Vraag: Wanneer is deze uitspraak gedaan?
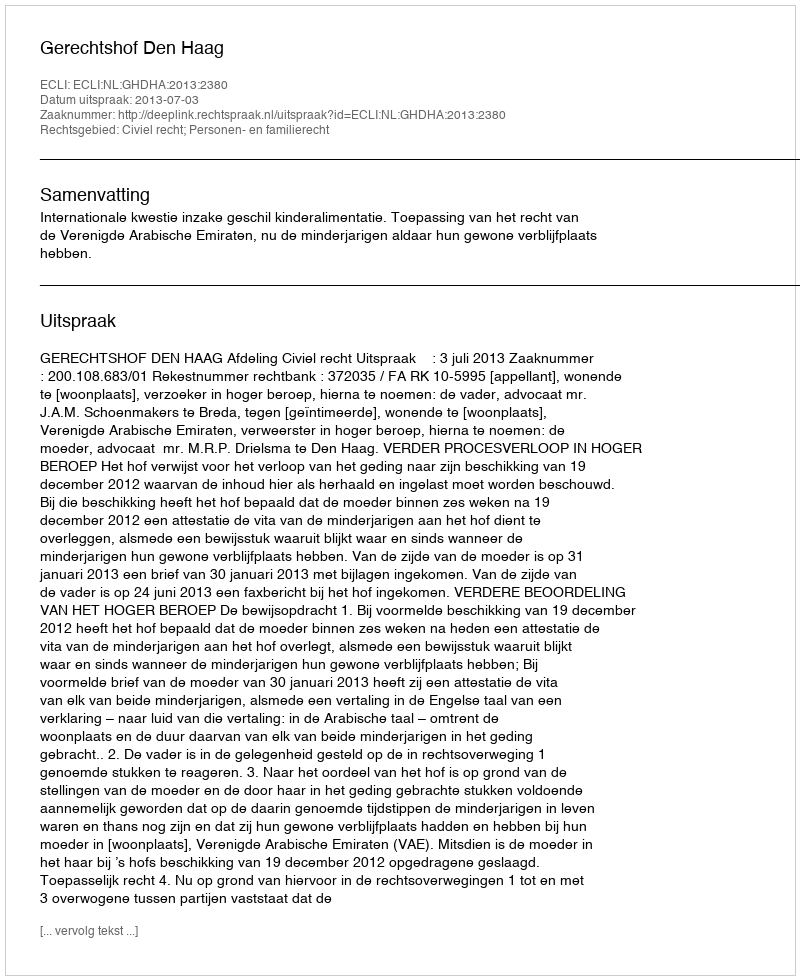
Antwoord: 2013-07-03